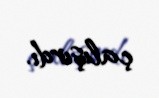
çalışırdı.